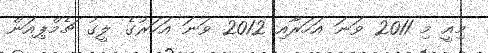
މިއީ މި 2011 ވަނަ އަހަރާއި 2012 ވަނަ އަހަރުގެ ލީގު ޗެމްޕިއަން